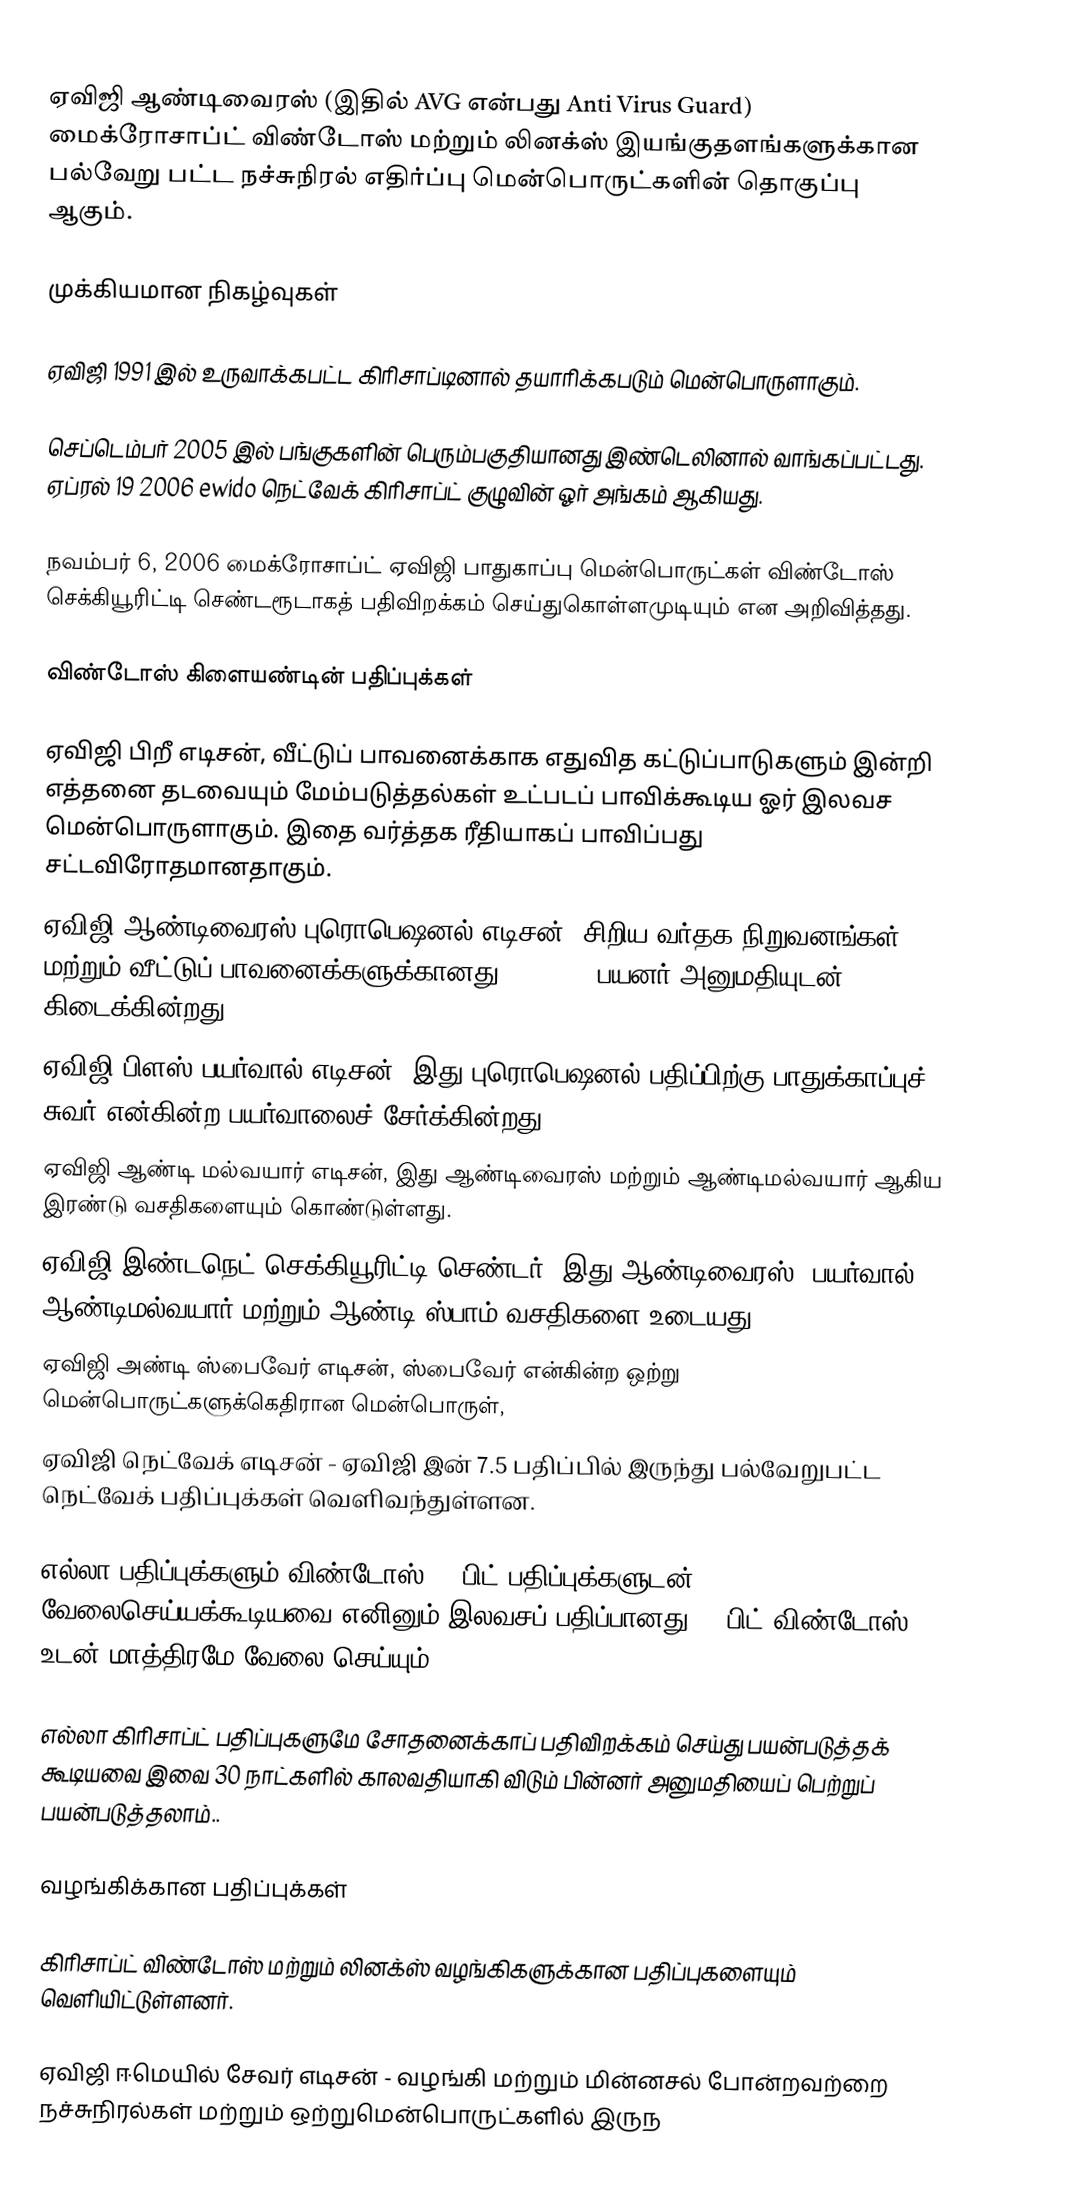
ஏவிஜி ஆண்டிவைரஸ் (இதில் AVG என்பது Anti Virus Guard) மைக்ரோசாப்ட் விண்டோஸ் மற்றும் லினக்ஸ் இயங்குதளங்களுக்கான பல்வேறு பட்ட நச்சுநிரல் எதிர்ப்பு மென்பொருட்களின்  தொகுப்பு ஆகும்.

முக்கியமான நிகழ்வுகள்

ஏவிஜி 1991 இல் உருவாக்கபட்ட கிரிசாப்டினால் தயாரிக்கபடும் மென்பொருளாகும்.

செப்டெம்பர் 2005 இல் பங்குகளின் பெரும்பகுதியானது இண்டெலினால் வாங்கப்பட்டது. ஏப்ரல் 19 2006 ewido நெட்வேக் கிரிசாப்ட் குழுவின் ஓர் அங்கம் ஆகியது.

நவம்பர் 6, 2006 மைக்ரோசாப்ட் ஏவிஜி பாதுகாப்பு மென்பொருட்கள் விண்டோஸ் செக்கியூரிட்டி செண்டரூடாகத் பதிவிறக்கம் செய்துகொள்ளமுடியும் என அறிவித்தது.

விண்டோஸ் கிளையண்டின் பதிப்புக்கள்

ஏவிஜி பிறீ எடிசன், வீட்டுப் பாவனைக்காக எதுவித கட்டுப்பாடுகளும் இன்றி எத்தனை தடவையும் மேம்படுத்தல்கள் உட்படப் பாவிக்கூடிய ஓர் இலவச மென்பொருளாகும். இதை வர்த்தக ரீதியாகப் பாவிப்பது சட்டவிரோதமானதாகும்.
ஏவிஜி ஆண்டிவைரஸ் புரொபெஷனல் எடிசன்,  சிறிய வர்தக நிறுவனங்கள் மற்றும் வீட்டுப் பாவனைக்களுக்கானது. 2, 3, 5 பயனர் அனுமதியுடன் கிடைக்கின்றது.
ஏவிஜி பிளஸ் பயர்வால் எடிசன்,  இது புரொபெஷனல் பதிப்பிற்கு பாதுக்காப்புச் சுவர் என்கின்ற பயர்வாலைச் சேர்க்கின்றது.
ஏவிஜி ஆண்டி மல்வயார் எடிசன், இது ஆண்டிவைரஸ் மற்றும் ஆண்டிமல்வயார் ஆகிய இரண்டு வசதிகளையும் கொண்டுள்ளது.
ஏவிஜி இண்டநெட் செக்கியூரிட்டி செண்டர், இது ஆண்டிவைரஸ், பயர்வால், ஆண்டிமல்வயார் மற்றும் ஆண்டி ஸ்பாம் வசதிகளை உடையது.
ஏவிஜி அண்டி ஸ்பைவேர் எடிசன், ஸ்பைவேர் என்கின்ற ஒற்று மென்பொருட்களுக்கெதிரான மென்பொருள்,
ஏவிஜி நெட்வேக் எடிசன் - ஏவிஜி இன் 7.5 பதிப்பில் இருந்து பல்வேறுபட்ட நெட்வேக் பதிப்புக்கள் வெளிவந்துள்ளன.

எல்லா  பதிப்புக்களும் விண்டோஸ் 64 பிட் பதிப்புக்களுடன் வேலைசெய்யக்கூடியவை எனினும் இலவசப் பதிப்பானது 32 பிட் விண்டோஸ் உடன் மாத்திரமே வேலை செய்யும்.

எல்லா கிரிசாப்ட் பதிப்புகளுமே சோதனைக்காப் பதிவிறக்கம் செய்து பயன்படுத்தக் கூடியவை இவை 30 நாட்களில் காலவதியாகி விடும் பின்னர் அனுமதியைப் பெற்றுப் பயன்படுத்தலாம்..

வழங்கிக்கான பதிப்புக்கள்

கிரிசாப்ட் விண்டோஸ் மற்றும் லினக்ஸ் வழங்கிகளுக்கான பதிப்புகளையும் வெளியிட்டுள்ளனர்.

ஏவிஜி ஈமெயில் சேவர் எடிசன் - வழங்கி மற்றும் மின்னசல்  போன்றவற்றை நச்சுநிரல்கள் மற்றும் ஒற்றுமென்பொருட்களில் இருந